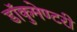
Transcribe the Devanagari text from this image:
डॉकुमेण्टरी